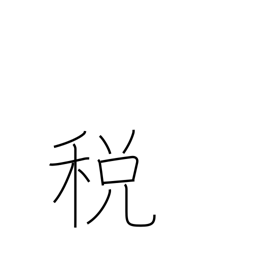
Meaning: tax